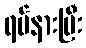
ရပ်နားပြီး